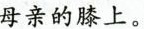
母亲的膝上。